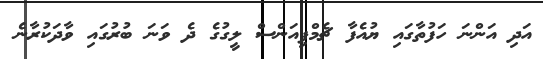
އަދި އަންނަ ހަފުތާގައި ޔުއެފާ ޗެމްޕިއަންސް ލީގުގެ ދެ ވަނަ ބުރުގައި ވާދަކުރާނެ